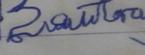
Signature authenticity: forged